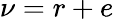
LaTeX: \nu=r+e